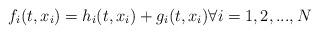
LaTeX: \begin{align*}f_i(t,x_i)=h_i(t,x_i)+g_i(t,x_i) \forall i=1,2,...,N\end{align*}